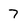
Character: 7